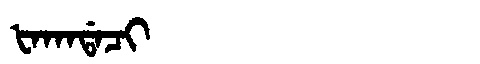
Manchu: ᡶᠠᡴᠠᡩᠠᠴᡳ
Romanization: FAKADACI